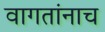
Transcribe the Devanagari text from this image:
वागतांनाच